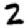
Digit: 2